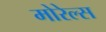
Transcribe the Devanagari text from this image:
मोरेल्स